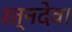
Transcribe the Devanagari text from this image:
रत्नदेव।